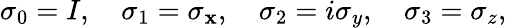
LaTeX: \sigma_{0}=I,\quad\sigma_{1}=\sigma_{\mathbf{x}},\quad\sigma_{2}=i\sigma_{y},\quad\sigma_{3}=\sigma_{z},